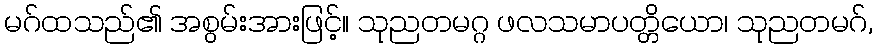
မဂ်ထသည်၏ အစွမ်းအားဖြင့်။ သုညတမဂ္ဂ ဖလသမာပတ္တိယော၊ သုညတမဂ်,